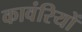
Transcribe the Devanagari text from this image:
कावंरियों